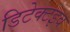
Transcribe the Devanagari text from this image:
डिटेक्टइव